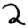
Digit: 2